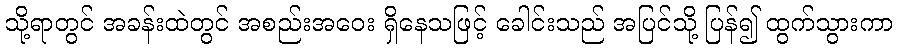
သို့ရာတွင် အခန်းထဲတွင် အစည်းအဝေး ရှိနေသဖြင့် ခေါင်းသည် အပြင်သို့ ပြန်၍ ထွက်သွားကာ